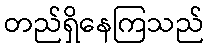
တည်ရှိနေကြသည်